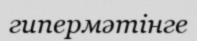
гипермәтінге